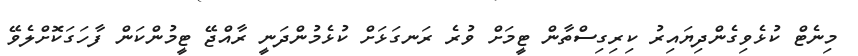
މިނެޓް ކުޅެވިގެންދިޔައިރު ކިރިގިސްތާން ޓީމަށް ވުރެ ރަނގަޅަށް ކުޅެމުންދަނީ ރާއްޖޭ ޓީމުންކަން ފާހަގަކޮށްލެވޭ